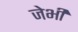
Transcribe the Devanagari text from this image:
जेभी